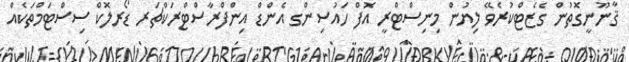
ޤާނޫނީގޮތުން ގެޒެޓްކުރެވޭ ލިޔުން މިނިސްޓްރީ އޮފް ހައުސިންގ އެންޑް އިންފްރާސްޓްރަކްޗަރ ޑޯރލޮކް ސިސްޓަމްތަކެއް